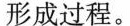
形成过程。